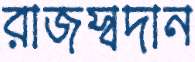
রাজস্বদান